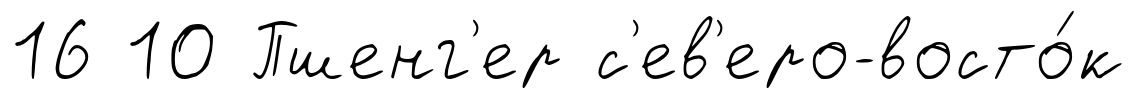
16 10 Пшенг'ер с'ев'еро-восто́к